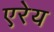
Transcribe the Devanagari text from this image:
एरेय